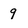
Character: 9